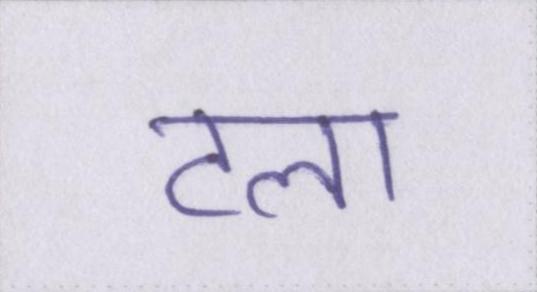
टला